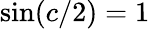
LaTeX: \mathrm{sin}(c/2)=1